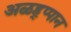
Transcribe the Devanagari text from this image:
अळह्प्पान